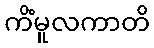
ကိံမူလကာတိ